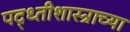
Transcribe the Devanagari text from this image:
पद्ध्तीशास्त्राच्या